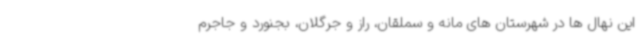
این نهال ها در شهرستان های مانه و سملقان، راز و جرگلان، بجنورد و جاجرم